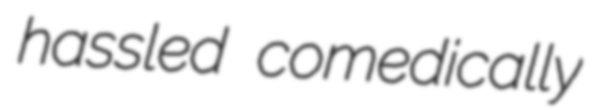
hassled comedically